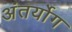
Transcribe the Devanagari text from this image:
अंतर्योग